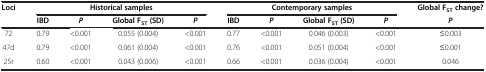
<table><thead><tr><td rowspan="2"><b>Loci</b></td><td colspan="4"><b>Historical samples</b></td><td colspan="4"><b>Contemporary samples</b></td><td><b>Global F<sub>ST </sub>change?</b></td></tr><tr><td><b>IBD</b></td><td><b><i>P</i></b></td><td><b>Global F<sub>ST </sub>(SD)</b></td><td><b><i>P</i></b></td><td><b>IBD</b></td><td><b><i>P</i></b></td><td><b>Global F<sub>ST </sub>(SD)</b></td><td><b><i>P</i></b></td><td><b><i>P</i></b></td></tr></thead><tbody><tr><td>72</td><td>0.79</td><td>&lt;0.001</td><td>0.055 (0.004)</td><td>&lt;0.001</td><td>0.77</td><td>&lt;0.001</td><td>0.046 (0.003)</td><td>&lt;0.001</td><td>≤0.003</td></tr><tr><td>47d</td><td>0.79</td><td>&lt;0.001</td><td>0.061 (0.004)</td><td>&lt;0.001</td><td>0.76</td><td>&lt;0.001</td><td>0.051 (0.004)</td><td>&lt;0.001</td><td>≤0.001</td></tr><tr><td>25r</td><td>0.60</td><td>&lt;0.001</td><td>0.043 (0.006)</td><td>&lt;0.001</td><td>0.66</td><td>&lt;0.001</td><td>0.036 (0.004)</td><td>&lt;0.001</td><td>0.046</td></tr></tbody></table>